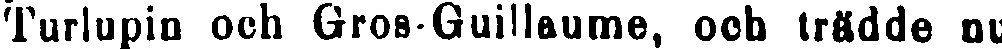
Turlupin och Gros-Guillaume, och trädde nu